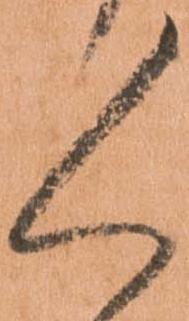
々